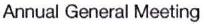
Annual General Meeting